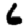
Digit: 6